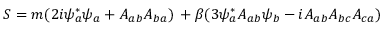
S = m ( 2 i \psi _ { a } ^ { * } \psi _ { a } + A _ { a b } A _ { b a } ) \, + \beta ( 3 \psi _ { a } ^ { * } A _ { a b } \psi _ { b } - i A _ { a b } A _ { b c } A _ { c a } )